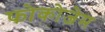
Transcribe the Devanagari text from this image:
फोकोजेम